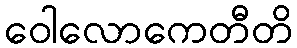
ဝေါလောကေတီတိ